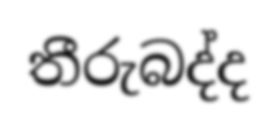
තීරුබද්ද